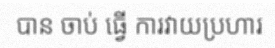
បាន ចាប់ ធ្វើ ការវាយប្រហារ